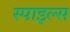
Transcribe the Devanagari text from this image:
स्पाइल्स